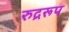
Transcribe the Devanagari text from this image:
रुद्ररूप